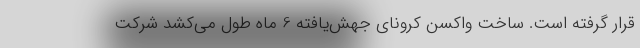
قرار گرفته است. ساخت واکسن کرونای جهش‌یافته 6 ماه طول می‌کشد شرکت